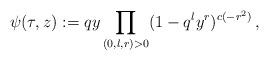
LaTeX: \begin{align*}\psi(\tau,z):=qy \prod\limits_{(0,l,r)>0} (1 - q^ly^r)^{c(-r^2)}\,,\end{align*}